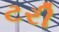
ટરી